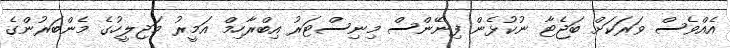
އެއްވެސް ވަރަކަށް ބަޖެޓާ ނުކުޅެން ފިނޭންސް މިނިސްޓަރު އިބްރާހިމް އަމީރު މަޖިލީހުގެ މެންބަރުންގެ